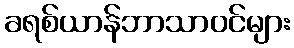
ခရစ်ယာန်ဘာသာဝင်များ